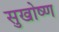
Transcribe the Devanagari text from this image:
सुखोष्ण